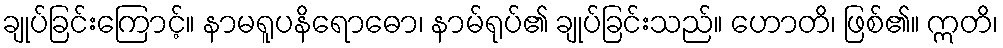
ချုပ်ခြင်းကြောင့်။ နာမရူပနိရောဓော၊ နာမ်ရုပ်၏ ချုပ်ခြင်းသည်။ ဟောတိ၊ ဖြစ်၏။ ဣတိ၊